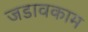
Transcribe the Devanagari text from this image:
जडावकाम